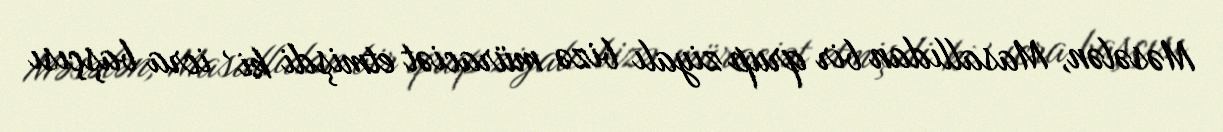
Məsələn, Masallıdan bir qrup ziyalı bizə müraciət etmişdi ki , icra başçısı